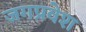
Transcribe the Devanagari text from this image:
जगप्रवेश